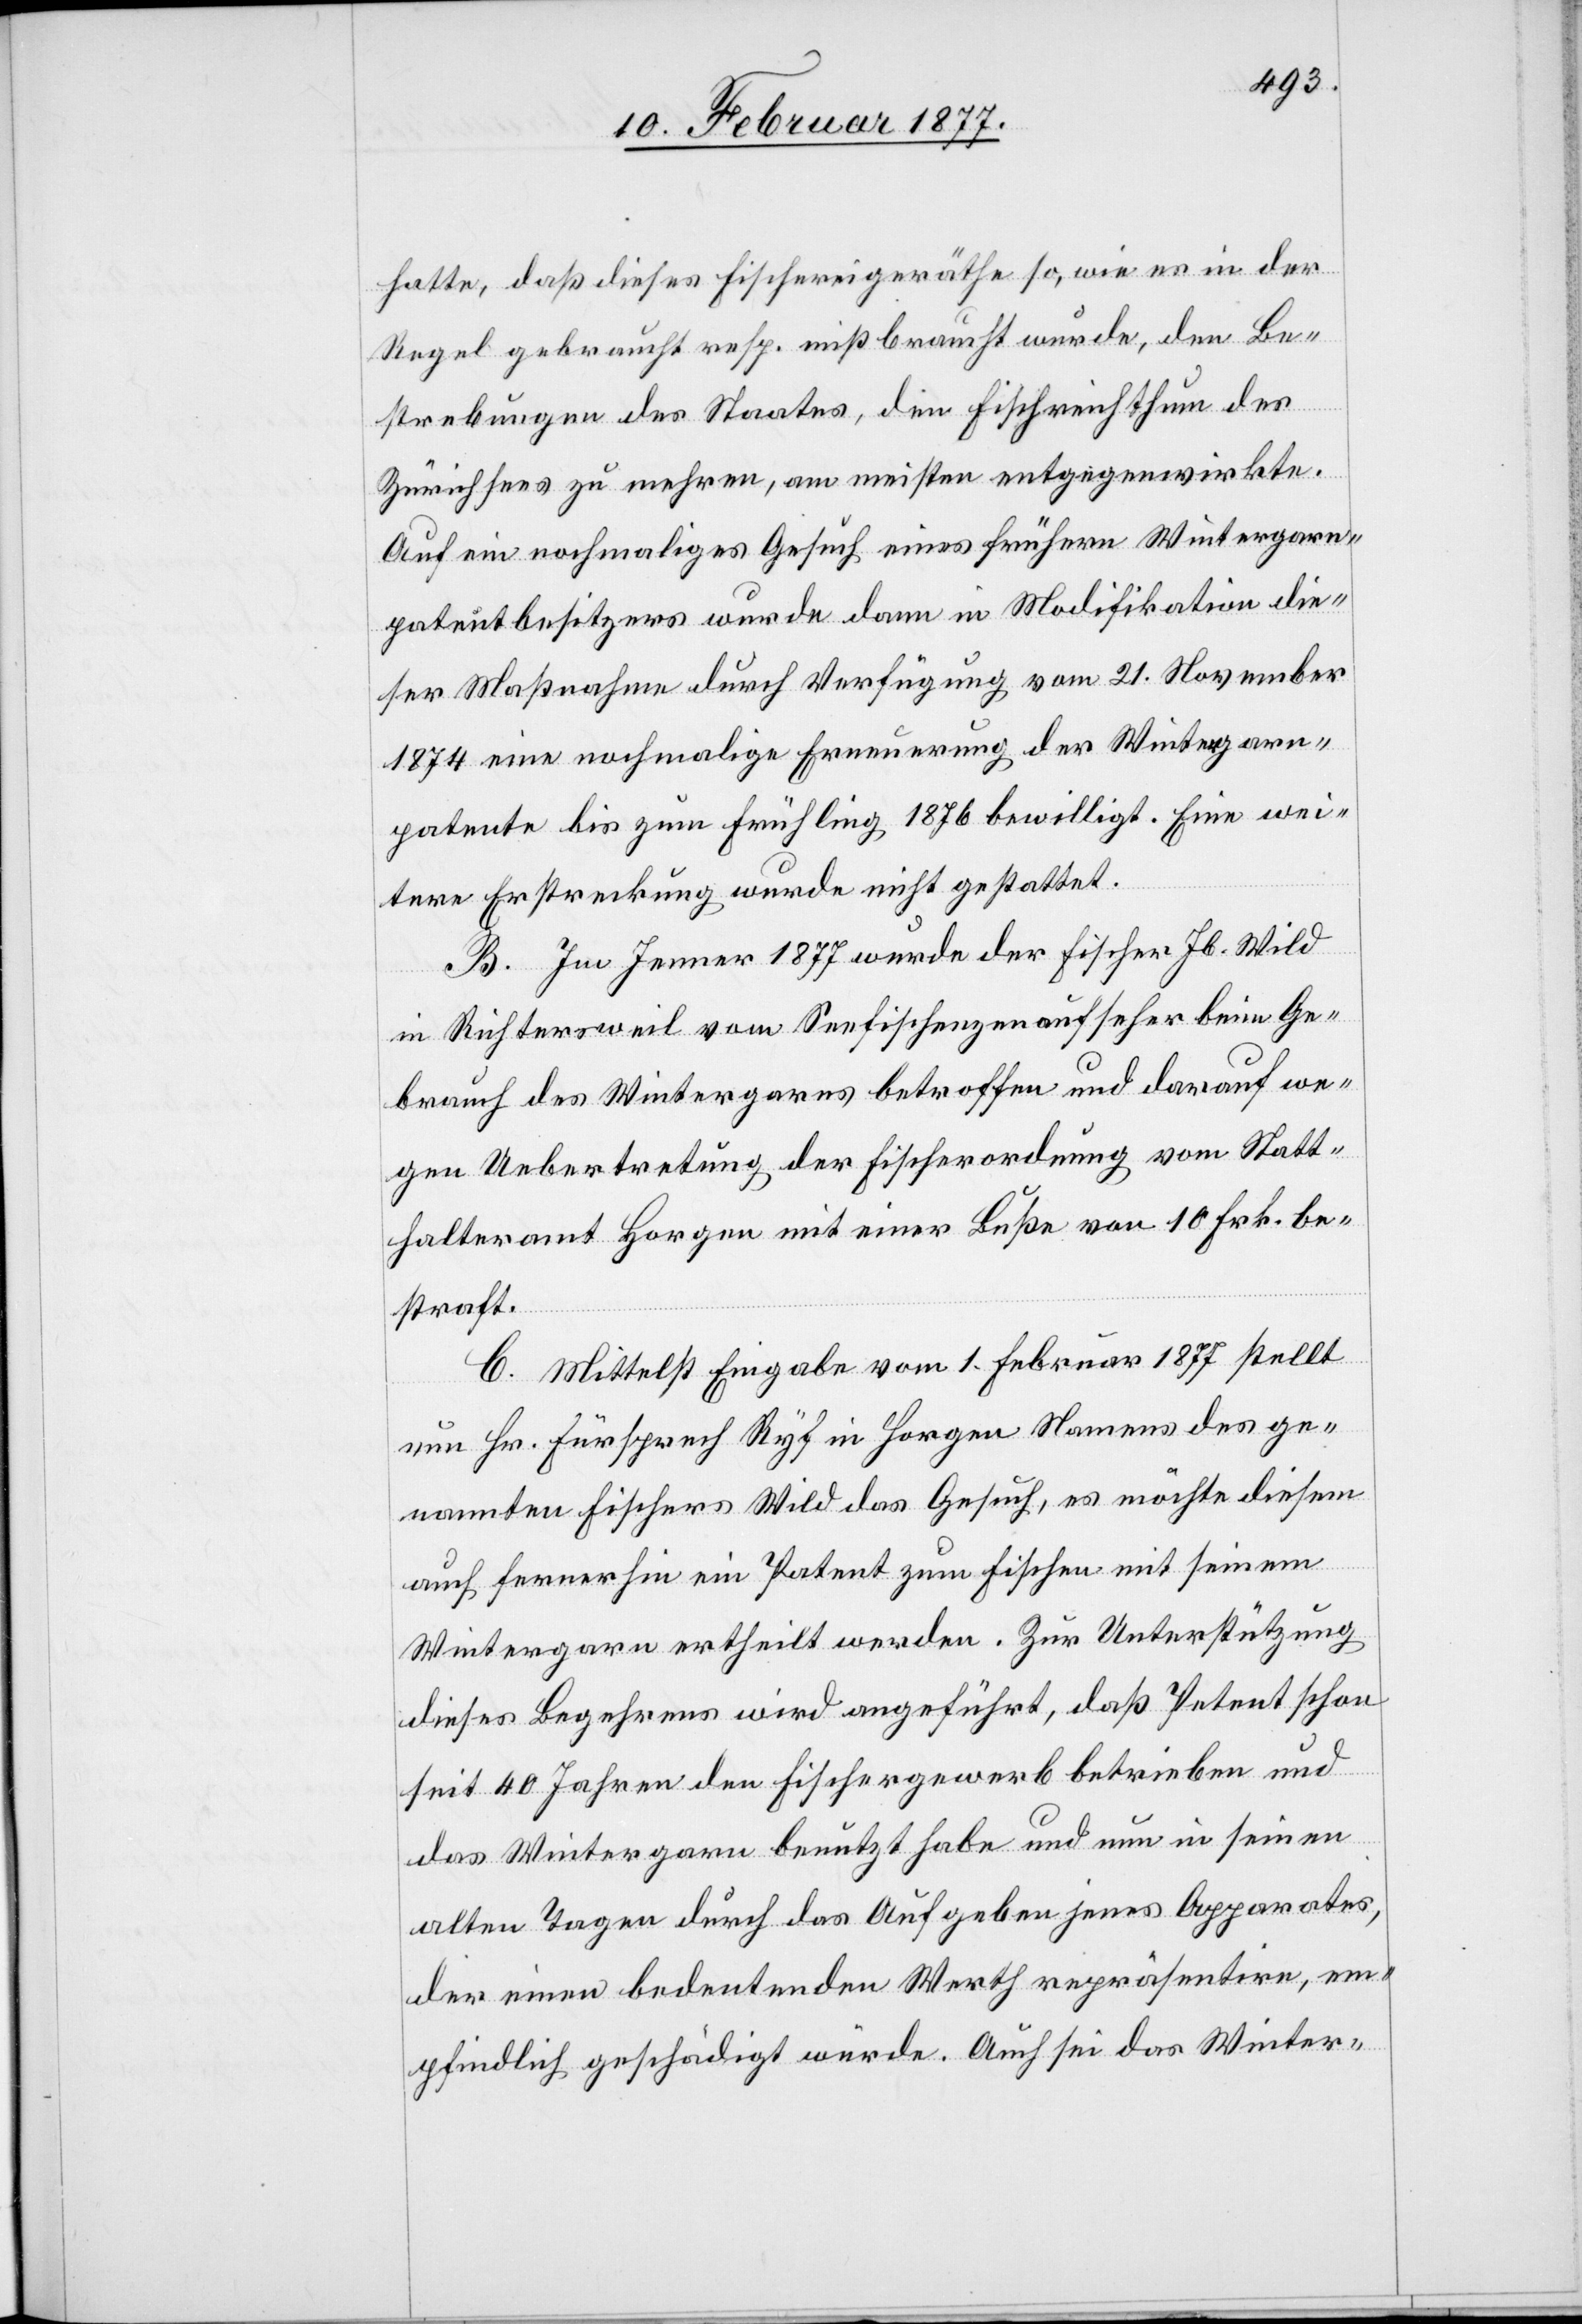
hatte, daß dieses Fischereigeräthe so, wie es in der
Regel gebraucht, resp. mißbraucht wurde, den Be¬
ge¬
strebungen des Staates, den Fischreichthum des
Zürichsees zu mehren, am meisten entgegenwirkte.
Auf ein nochmaliges Gesuch eines frühern Wintergarn¬
patentbesitzers wurde dann in Modifikation die¬
ser Maßnahme durch Verfügung vom 21. November
1874 eine nochmalige Erneuerung der Wintergarn¬
patente bis zum Frühling 1876 bewilligt. Eine wei¬
tere Erstreckung wurde nicht gestattet.
B. Im Jenner 1877 wurde der Fischer Jb. Wild
in Richtersweil vom Seefischenzenaufseher beim Ge¬
brauch des Wintergarns betroffen und darauf we¬
gen Uebertretung der Fischerordnung vom Statt¬
halteramt Horgen mit einer Buße von 10 Frk. be¬
straft.
C. Mittelst Eingabe vom 1. Februar 1877 stellt
nannten Fischers Wild das Gesuch, es möchte diesem
auch fernerhin ein Patent zum Fischen mit seinem
Wintergarn ertheilt werden. Zur Unterstützung
dieses Begehrens wird angeführt, daß Petent schon
seit 40 Jahren den Fischergewerb betreibe und
das Wintergarn benutzt habe und nun in seinen
alten Tagen durch das Aufgeben jenes Apparates,
der einen bedeutenden Werth repräsentire, em¬
pfindlich geschädigt würde. Auch sei das Winter-